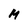
Character: M